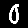
Digit: 0